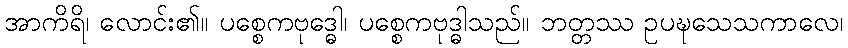
အာကိရိ၊ လောင်း၏။ ပစ္စေကဗုဒ္ဓေါ၊ ပစ္စေကဗုဒ္ဓါသည်။ ဘတ္တဿ ဥပဍ္ဎသေသကာလေ၊